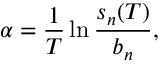
\alpha = \frac { 1 } { T } \ln { \frac { s _ { n } ( T ) } { b _ { n } } } ,